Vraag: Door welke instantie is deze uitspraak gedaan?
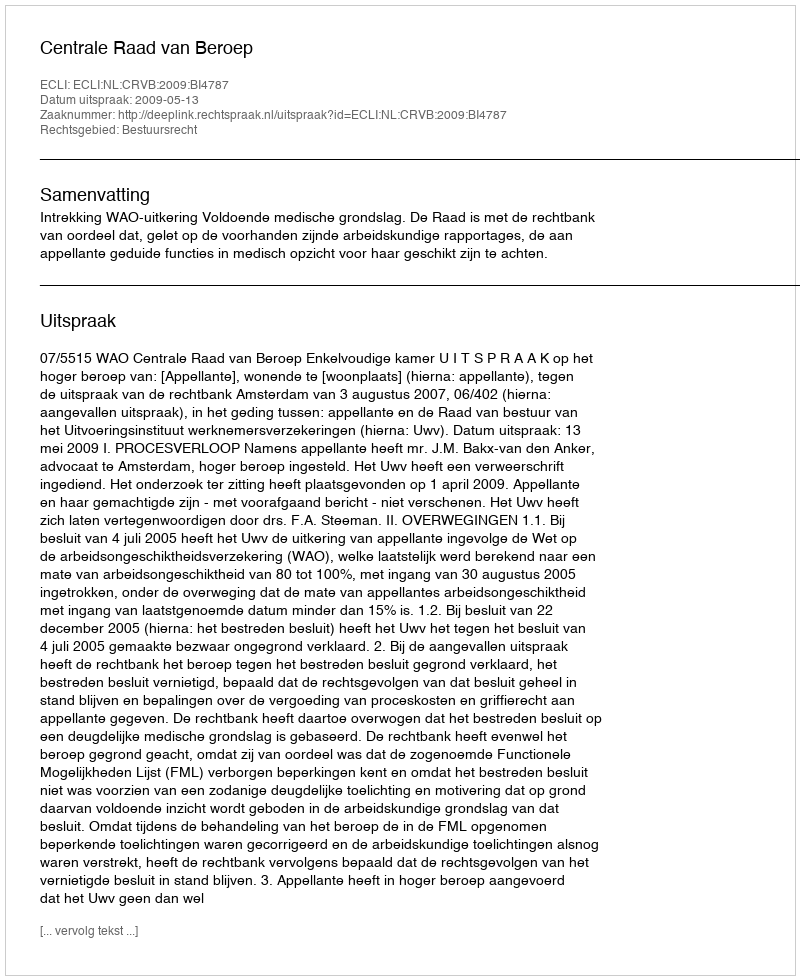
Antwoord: Centrale Raad van Beroep